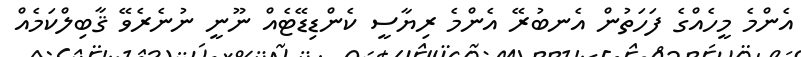
އެންމެ މީހެއްގެ ފަހަތުން އެނބުރޭ އެންމެ ރިޔާސީ ކެންޑިޑޭޓެއް ނޫނީ ނުނެރެވޭ ޤާބިލްކަމެއް